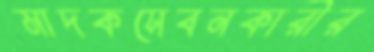
মাদকসেবনকারীর